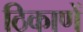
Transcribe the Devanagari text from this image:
ठिकाणें